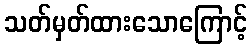
သတ်မှတ်ထားသောကြောင့်